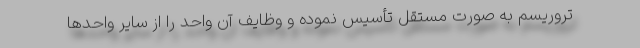
تروریسم به صورت مستقل تأسیس نموده و وظایف آن واحد را از سایر واحدها